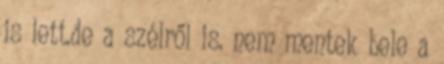
is lett.de a szélről is. nem mentek bele a